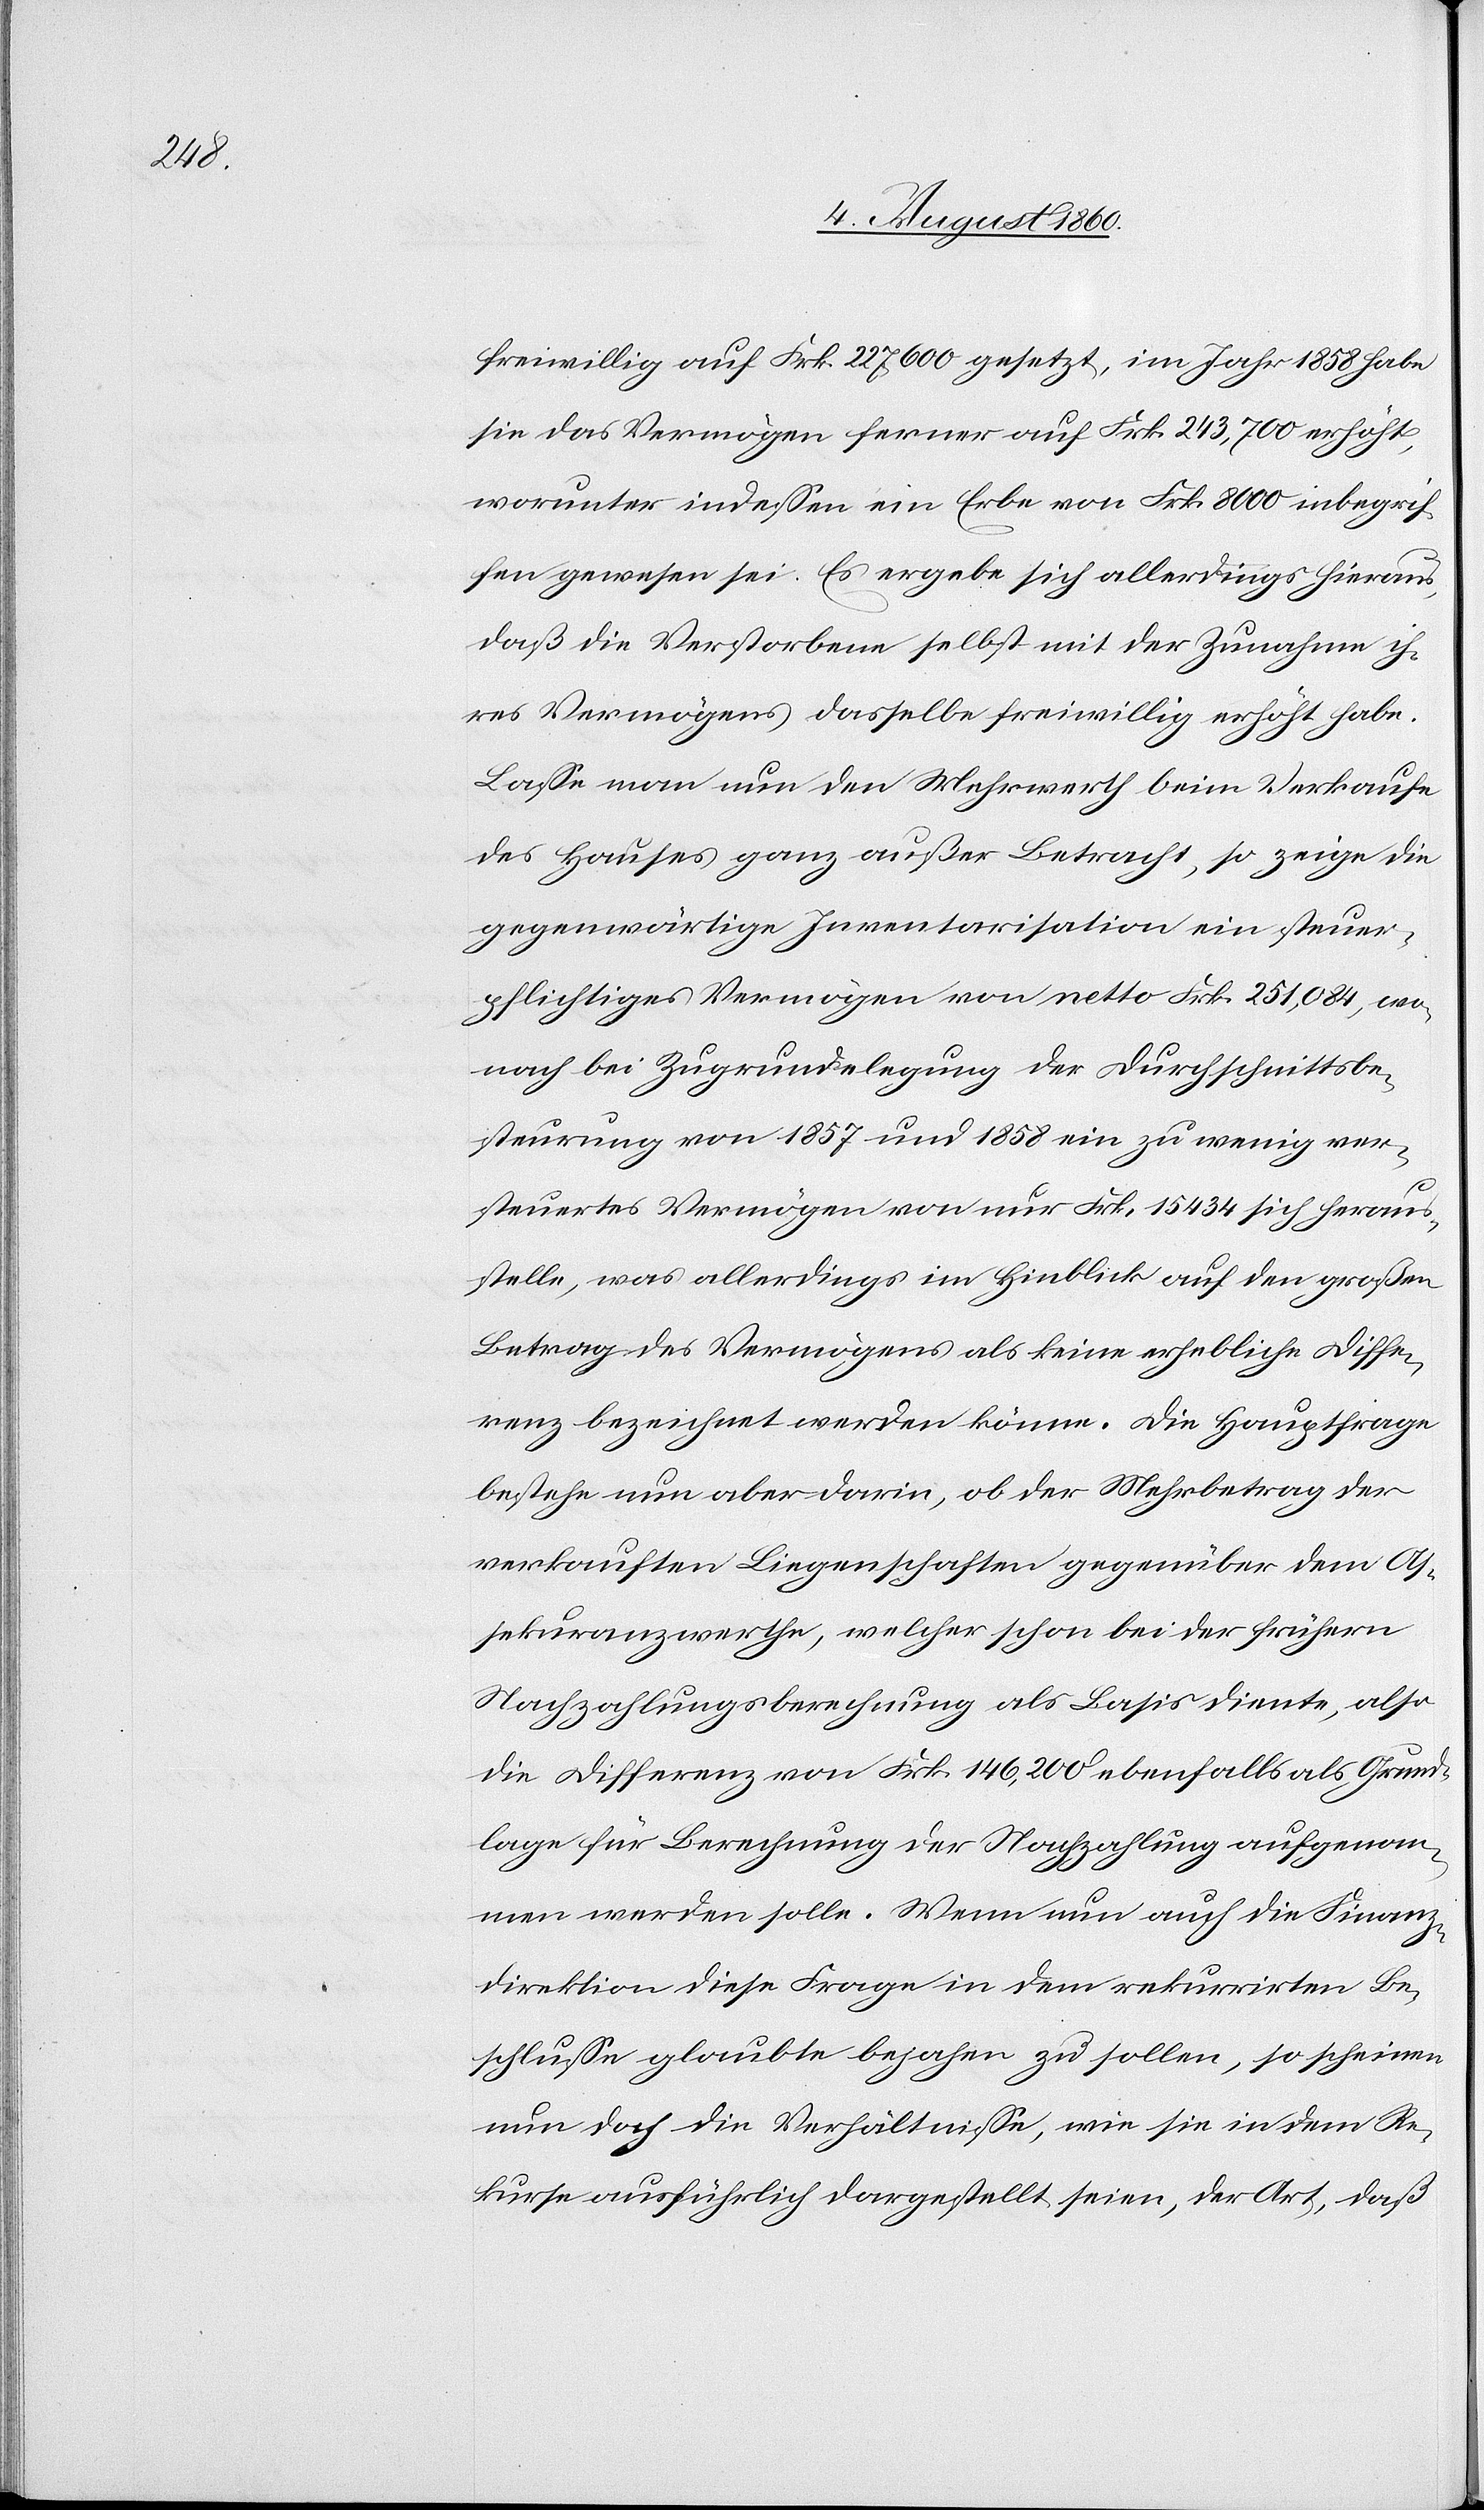
freiwillig auf fcs. 227,600 angesetzt, im Jahr 1858 habe
sie das Vermögen ferner auf fcs. 243,700 erhöht,
worunter indessen ein Erbe von Frk. 8000 inbegrif¬
fen gewesen sei. Es ergebe sich allerdings hieraus,
dass die Verstorbene selbst mit der Zunahme ih¬
res Vermögens dasselbe freiwillig erhöht habe.
Lasse man nun den Mehrwerth beim Verkauf
des Hauses ganz ausser Betracht, so zeige die
gegenwärtige Inventarisation ein steuer¬
pflichtiges Vermögen von netto fcs. 251,084., wo¬
nach bei Zugrundelegung der Durchschnittsbe¬
steuerung von 1857 u. 1858 ein zu wenig ver¬
steuerbares Vermögen von nur fcs. 15,434 sich heraus¬
stelle, was allerdings im Hinblick auf den grossen
Betrag des Vermögens als keine erhebliche Diffe¬
renz bezeichnet werden könne. Die Hauptfrage
bestehe nun aber darin, ob der Mehrbetrag der
verkauften Liegenschaften gegenüber dem As¬
sekuranzwerthe, welcher schon bei der frühern
Nachzahlungsberechnung als Basis diente, also
die Differenz von fcs. 146,200 ebenfalls als Grund¬
lage für Berechnung der Nachzahlung aufgenom¬
men werden solle. Wenn nun auch die Finanz¬
direktion diese Frage in dem rekurrirten Be¬
schlusse glaubte bejahen zu sollen, so scheinen
nun doch die Verhältnisse, wie sie in dem Re¬
kurse ausführlich dargestellt seien, der Art, dass